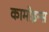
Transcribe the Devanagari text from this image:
कामोइन्स